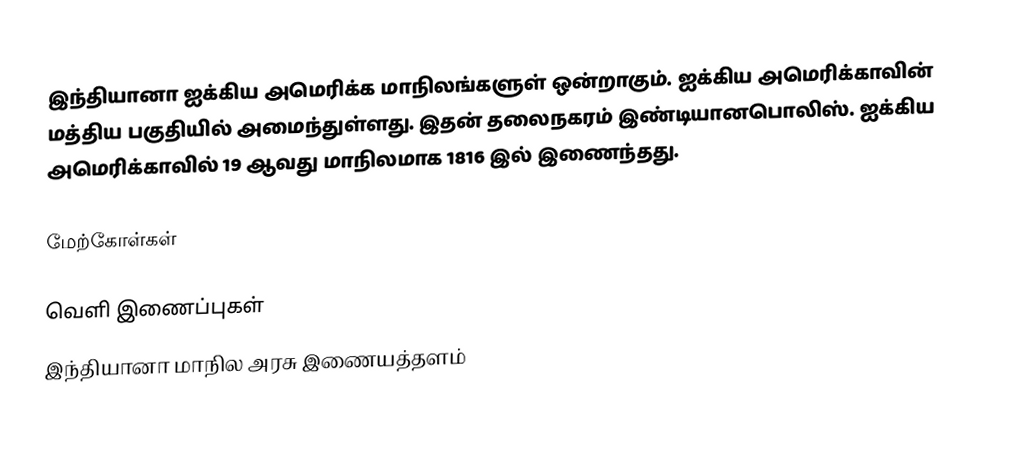
இந்தியானா ஐக்கிய அமெரிக்க மாநிலங்களுள் ஒன்றாகும். ஐக்கிய அமெரிக்காவின் மத்திய பகுதியில் அமைந்துள்ளது. இதன் தலைநகரம் இண்டியானபொலிஸ். ஐக்கிய அமெரிக்காவில் 19 ஆவது மாநிலமாக 1816 இல் இணைந்தது.

மேற்கோள்கள்

வெளி இணைப்புகள்
 இந்தியானா மாநில அரசு இணையத்தளம்